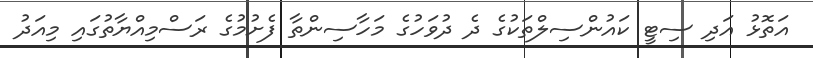
އަތޮޅު އަދި ސިޓީ ކައުންސިލްތަކުގެ ދެ ދުވަހުގެ މަހާސިންތާ ފެށުމުގެ ރަސްމިއްޔާތުގައި މިއަދު